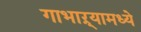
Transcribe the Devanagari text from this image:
गाभाऱ्यामध्ये